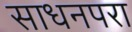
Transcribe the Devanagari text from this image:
साधनपरा